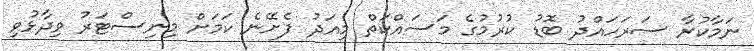
ނަމާކުރާ ސަރަހައްދު ބޮޑު ކުރުމުގެ މަސައްކަތް މިއަދު ފެށޭނެ ކަމަށް މިނިސްޓަރު ވިދާޅުވި